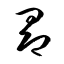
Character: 昂